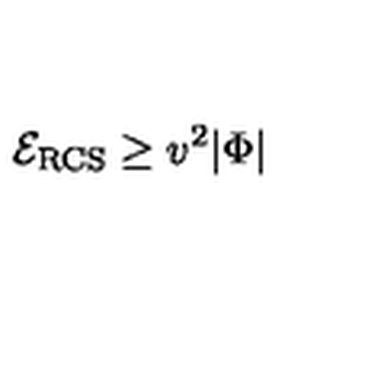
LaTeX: { \cal E } _ { \mathrm { R C S } } \geq v ^ { 2 } | \Phi |